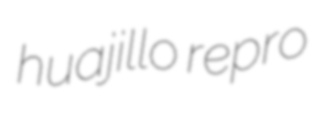
huajillo repro